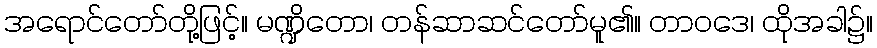
အရောင်တော်တို့ဖြင့်။ မဏ္ဍိတော၊ တန်ဆာဆင်တော်မူ၏။ တာဝဒေ၊ ထိုအခါ၌။